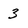
Character: 3